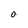
Character: O